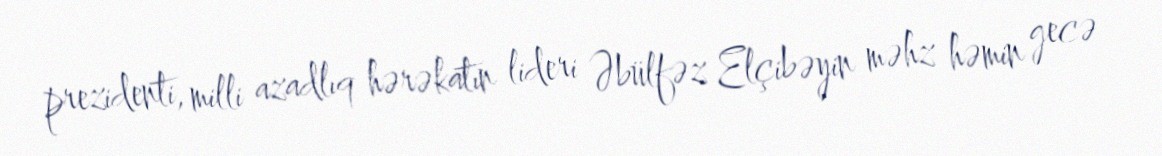
prezidenti, milli azadlıq hərəkatın lideri Əbülfəz Elçibəyin məhz həmin gecə